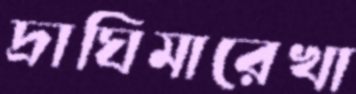
দ্রাঘিমারেখা